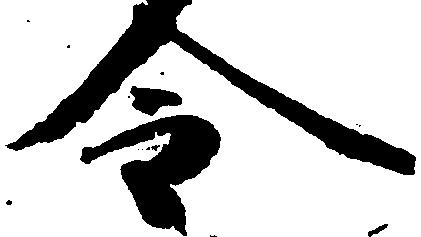
令